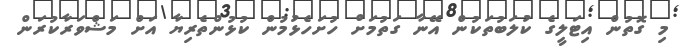
މި ގޮތުން އިޓަލީގެ ކުލަބުތަކުން އޭނާ ގަތުމަށް ހުށަހެޅުމުން ކުޅުންތެރިޔާ އަށް މަޝްވަރާކުރަން